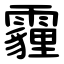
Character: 霾